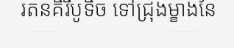
រតនគិរីបូទិច ទៅជ្រុងម្ខាងនៃ